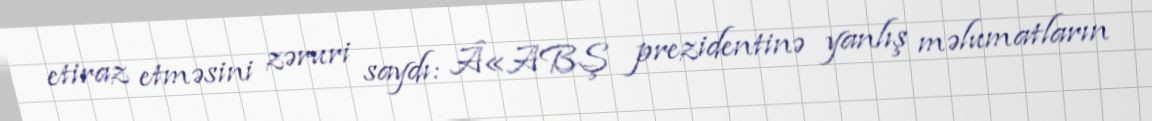
etiraz etməsini zəruri saydı: Â«ABŞ prezidentinə yanlış məlumatların